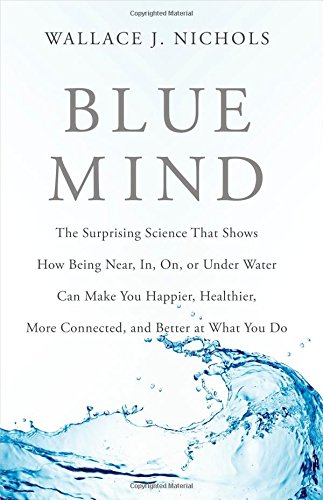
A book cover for Blue Mind: The Surprising Science That Shows How Being Near, In, On, or Under Water Can Make You Happier, Healthier, More Connected, and Better at What You Do; Wallace J. Nichols; Self-Help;